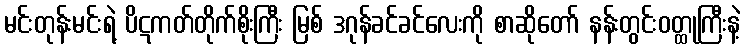
မင်းတုန်းမင်းရဲ့ ပိဋကတ်တိုက်စိုးကြီး မြစ် ဒဂုန်ခင်ခင်လေးကို စာဆိုတော် နန်းတွင်းဝတ္ထုကြီးနဲ့